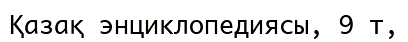
Қазақ энциклопедиясы, 9 т,